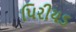
પિરીયડ